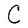
Character: C